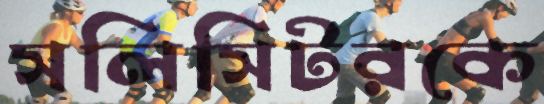
সলিসিটরকে